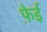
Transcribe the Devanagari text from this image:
फ़ेई